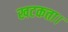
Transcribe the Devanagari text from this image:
खटकता।